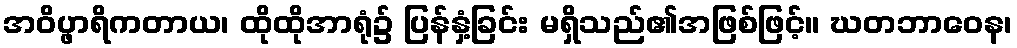
အဝိပ္ဖာရိကတာယ၊ ထိုထိုအာရုံ၌ ပြန်နှံ့ခြင်း မရှိသည်၏အဖြစ်ဖြင့်။ ဃတဘာဝေန၊